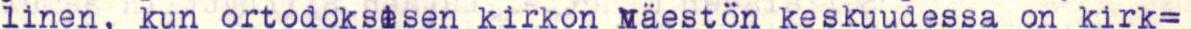
linen, kun ortodoksisen kirkon väestön keskuudessa on kirk=